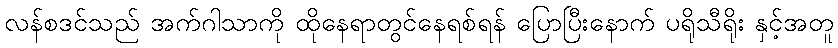
လန်စဒင်သည် အက်ဂါသာကို ထိုနေရာတွင်နေရစ်ရန် ပြောပြီးနောက် ပရိုသီရိုး နှင့်အတူ